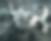
অ